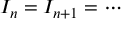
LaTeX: I _ { n } = I _ { n + 1 } = \cdots